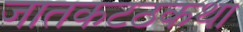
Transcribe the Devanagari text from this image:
जातकटठकथा